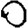
Digit: 0